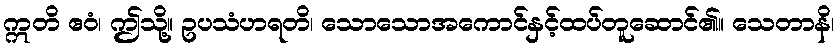
ဣတိ ဧဝံ၊ ဤသို့။ ဥပသံဟရတိ၊ သောသောအကောင်နှင့်ထပ်တူဆောင်၏။ သေတာနိ၊